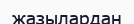
жазылардан